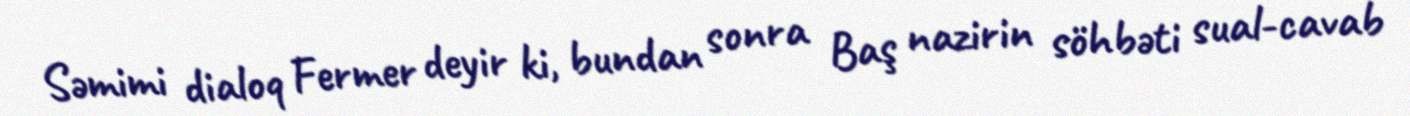
Səmimi dialoq Fermer deyir ki, bundan sonra Baş nazirin söhbəti sual-cavab